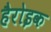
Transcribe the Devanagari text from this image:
हैरोइक